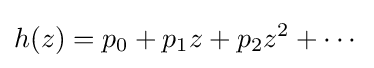
h(z)=p_{0}+p_{1}z+p_{2}z^{2}+\cdots